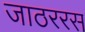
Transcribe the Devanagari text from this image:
जाठररस